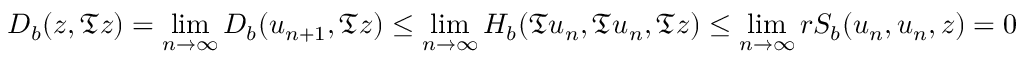
D _ { b } ( z , \mathfrak { T } z ) = \operatorname* { l i m } _ { n \to \infty } D _ { b } ( u _ { n + 1 } , \mathfrak { T } z ) \leq \operatorname* { l i m } _ { n \to \infty } H _ { b } ( \mathfrak { T } u _ { n } , \mathfrak { T } u _ { n } , \mathfrak { T } z ) \leq \operatorname* { l i m } _ { n \to \infty } r S _ { b } ( u _ { n } , u _ { n } , z ) = 0